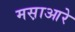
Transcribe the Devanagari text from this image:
मस़ाआरे